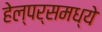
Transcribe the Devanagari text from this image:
हेल्पर्समध्ये